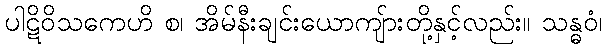
ပါဋိဝိသကေဟိ စ၊ အိမ်နီးချင်းယောကျ်ားတို့နှင့်လည်း။ သန္ဓဝံ၊